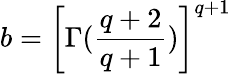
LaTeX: b=\left[\Gamma(\frac{q+2}{q+1})\right]^{q+1}